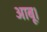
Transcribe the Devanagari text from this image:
आबू।